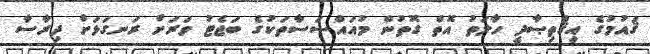
ޤައުމުގެ އިޤްތިޞާދީ ހާލަތު އޮތް ގޮތުން މުއައްސަސާތަކުގެ ބަޖެޓު ވަރަށް ރަނގަޅަށް ދިރާސާ